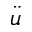
\ddot { u }